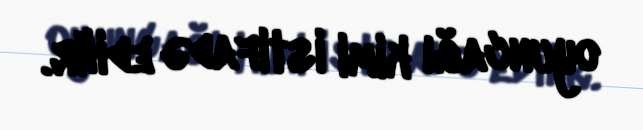
oyuncağı kimi istifadə edilir.